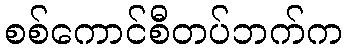
စစ်ကောင်စီတပ်ဘက်က